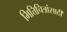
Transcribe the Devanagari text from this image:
भित्तिचित्रांसाठी